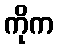
ကိုက